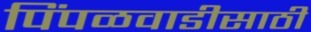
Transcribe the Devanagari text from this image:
पिंपळवाडीसाठी